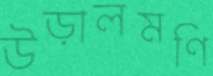
উড়ালমণি